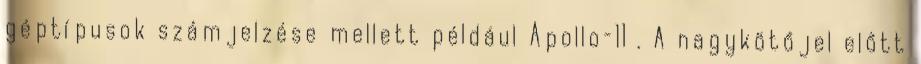
géptípusok számjelzése mellett például Apollo–11 . A nagykötőjel előtt